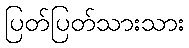
ပြတ်ပြတ်သားသား